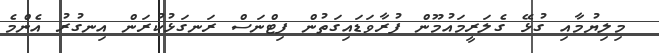
މިލިޔުމާއި ގުޅޭ ގެލަރީމައުމޫން ފުރާވަޑައިގަތުން ފިޓްނަސް ރަނގަޅުކުރަން އިނގުރު އެންމެ